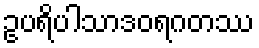
ဥပရိပါသာဒဝရဂတဿ